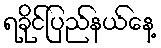
ရခိုင်ပြည်နယ်နေ့